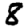
Digit: 8